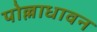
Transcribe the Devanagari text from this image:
पोल्लाधावन